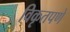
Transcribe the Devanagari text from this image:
विकृतपणे